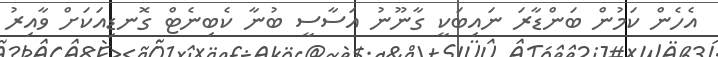
އެހެން ކަމުން ބަންޑާރަ ނައިބަކީ ގާނޫނު އަސާސީ ބުނާ ކެބިނެޓް ގޮނޑިއަކަށް ވާއިރު